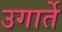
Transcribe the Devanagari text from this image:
उगार्ते